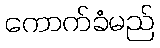
ကောက်ခံမည်